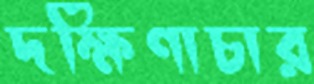
দক্ষিণাচার